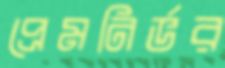
প্রেমনির্ভর